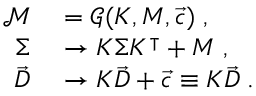
\begin{array} { r l } { \mathcal { M } } & { { } = \mathcal { G } ( K , M , \vec { c } ) \; , } \\ { \Sigma } & { { } \rightarrow K \Sigma K ^ { \intercal } + M \; , } \\ { \vec { D } } & { { } \rightarrow K \vec { D } + \vec { c } \equiv K \vec { D } \; . } \end{array}